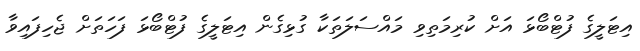
އިޓަލީގެ ފުޓްބޯޅަ އަށް ކުރިމަތިިވި މައްސަލަތަކާ ގުޅިގެން އިޓަލީގެ ފުޓްބޯޅަ ފަހަތަށް ޖެހިފައިވާ